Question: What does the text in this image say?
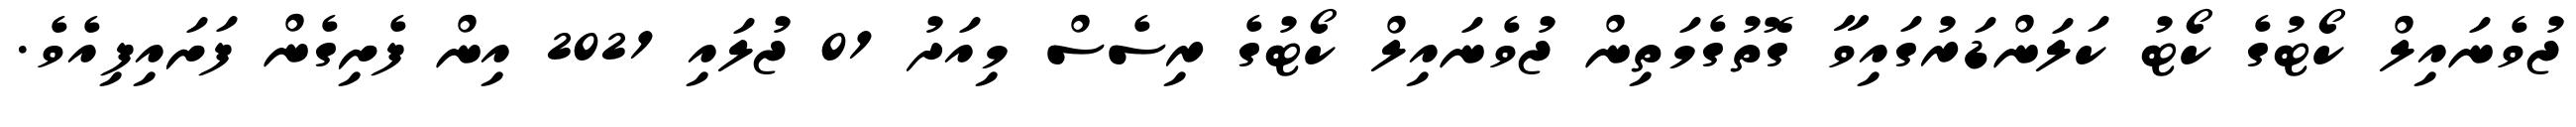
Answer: ޖުވެނައިލް ކޯޓުގެ ކޯޓު ކަލަންޑަރުގައިވާ ގޮތުގެމަތިން ޖުވެނައިލް ކޯޓުގެ ރިސެސް މިއަދު 01 ޖުލައި 2021 އިން ފެށިގެން ފަށައިފިއެވެ.